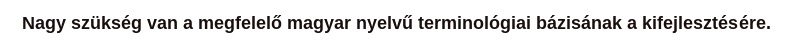
Nagy szükség van a megfelelő magyar nyelvű terminológiai bázisának a kifejlesztésére.